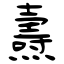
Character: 燾